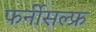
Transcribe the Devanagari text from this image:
फर्नीसल्फ्र